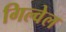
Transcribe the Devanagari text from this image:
गिल्वेल